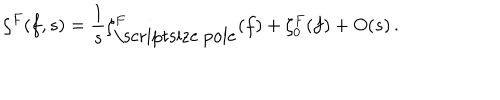
\zeta ^ { F } ( f , s ) = \frac 1 s \zeta _ { \mathrm { \scriptsize ~ p o l e } } ^ { F } ( f ) + \zeta _ { 0 } ^ { F } ( f ) + O ( s ) \, .